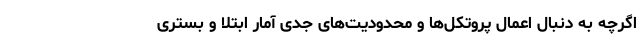
اگرچه به دنبال اعمال پروتکل‌ها و محدودیت‌های جدی آمار ابتلا و بستری